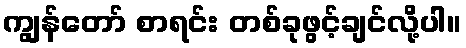
ကျွန်တော် စာရင်း တစ်ခုဖွင့်ချင်လို့ပါ။